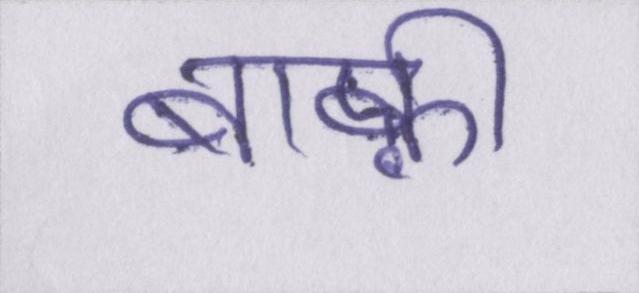
बाक़ी